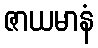
ဇာယမာနံ